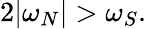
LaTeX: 2|\omega_{N}|>\omega_{S}.